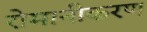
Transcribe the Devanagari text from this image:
रोमानीकरण